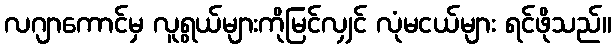
လဂျာကောင်မှ လူရွယ်များကိုမြင်လျှင် လုံမငယ်များ ရင်ဖိုသည်။